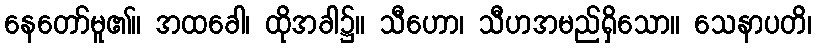
နေတော်မူ၏။ အထခေါ၊ ထိုအခါ၌။ သီဟော၊ သီဟအမည်ရှိသော။ သေနာပတိ၊